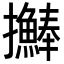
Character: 𢺒